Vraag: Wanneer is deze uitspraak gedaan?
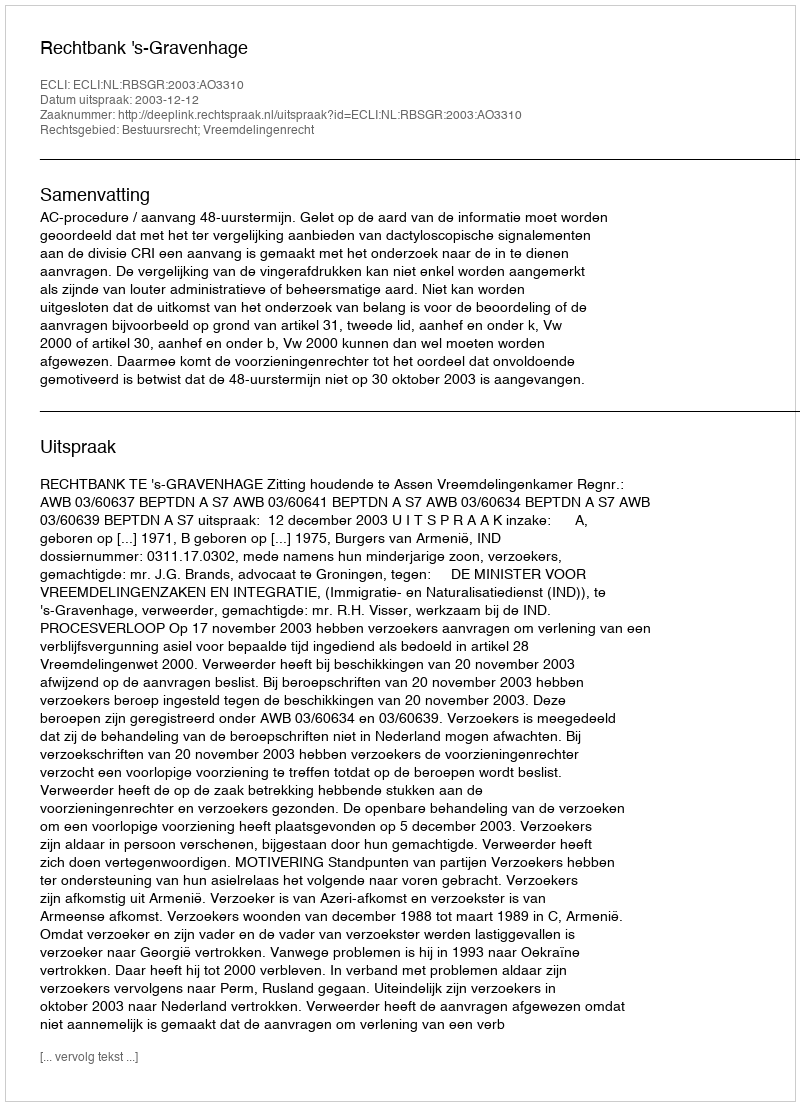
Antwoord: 2003-12-12